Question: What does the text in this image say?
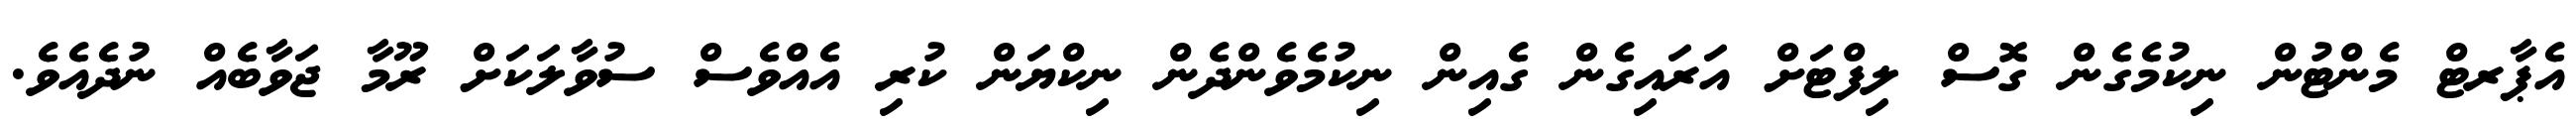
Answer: އެޕާރޓް މެންޓުން ނިކުމެގެން ގޮސް ލިފްޓަށް އަރައިގެން ގެއިން ނިކުމެވެންދެން ނިކްޔަން ކުރި އެއްވެސް ސުވާލަކަށް ރޫމާ ޖަވާބެއް ނުދެއެވެ.